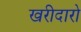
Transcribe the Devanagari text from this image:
खरीदारो